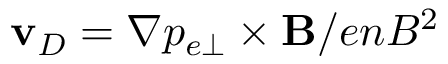
\mathbf { v } _ { D } = \nabla p _ { e \perp } \times \mathbf { B } / e n B ^ { 2 }